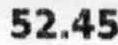
52.45